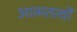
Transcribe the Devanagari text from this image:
आत्मतत्वों